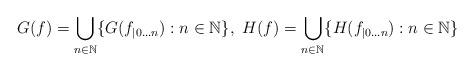
LaTeX: \begin{align*}G(f) = \bigcup_{n \in \mathbb N} \{G(f_{|0 \ldots n}) : n \in \mathbb N\},~ H(f) = \bigcup_{n \in \mathbb N} \{H(f_{|0 \ldots n}) : n \in \mathbb N\}\end{align*}